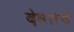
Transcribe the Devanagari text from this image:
देवतेचें